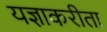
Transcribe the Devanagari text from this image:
यज्ञाकरीता